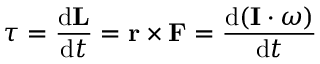
{ \boldsymbol { \tau } } = { \frac { \mathrm { { d } } \mathbf { L } } { \mathrm { { d } } t } } = \mathbf { r } \times \mathbf { F } = { \frac { \mathrm { { d } } ( \mathbf { I } \cdot { \boldsymbol { \omega } } ) } { \mathrm { { d } } t } }